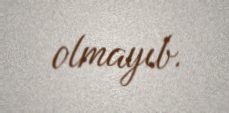
olmayıb.